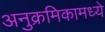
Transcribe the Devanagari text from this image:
अनुक्रमिकामध्ये